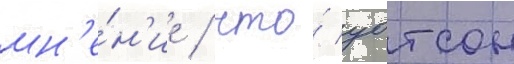
мн'е́н'ие / что́ уотсон